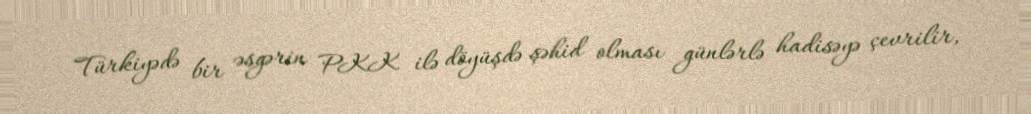
Türkiyədə bir əsgərin PKK ilə döyüşdə şəhid olması günlərlə hadisəyə çevrilir,